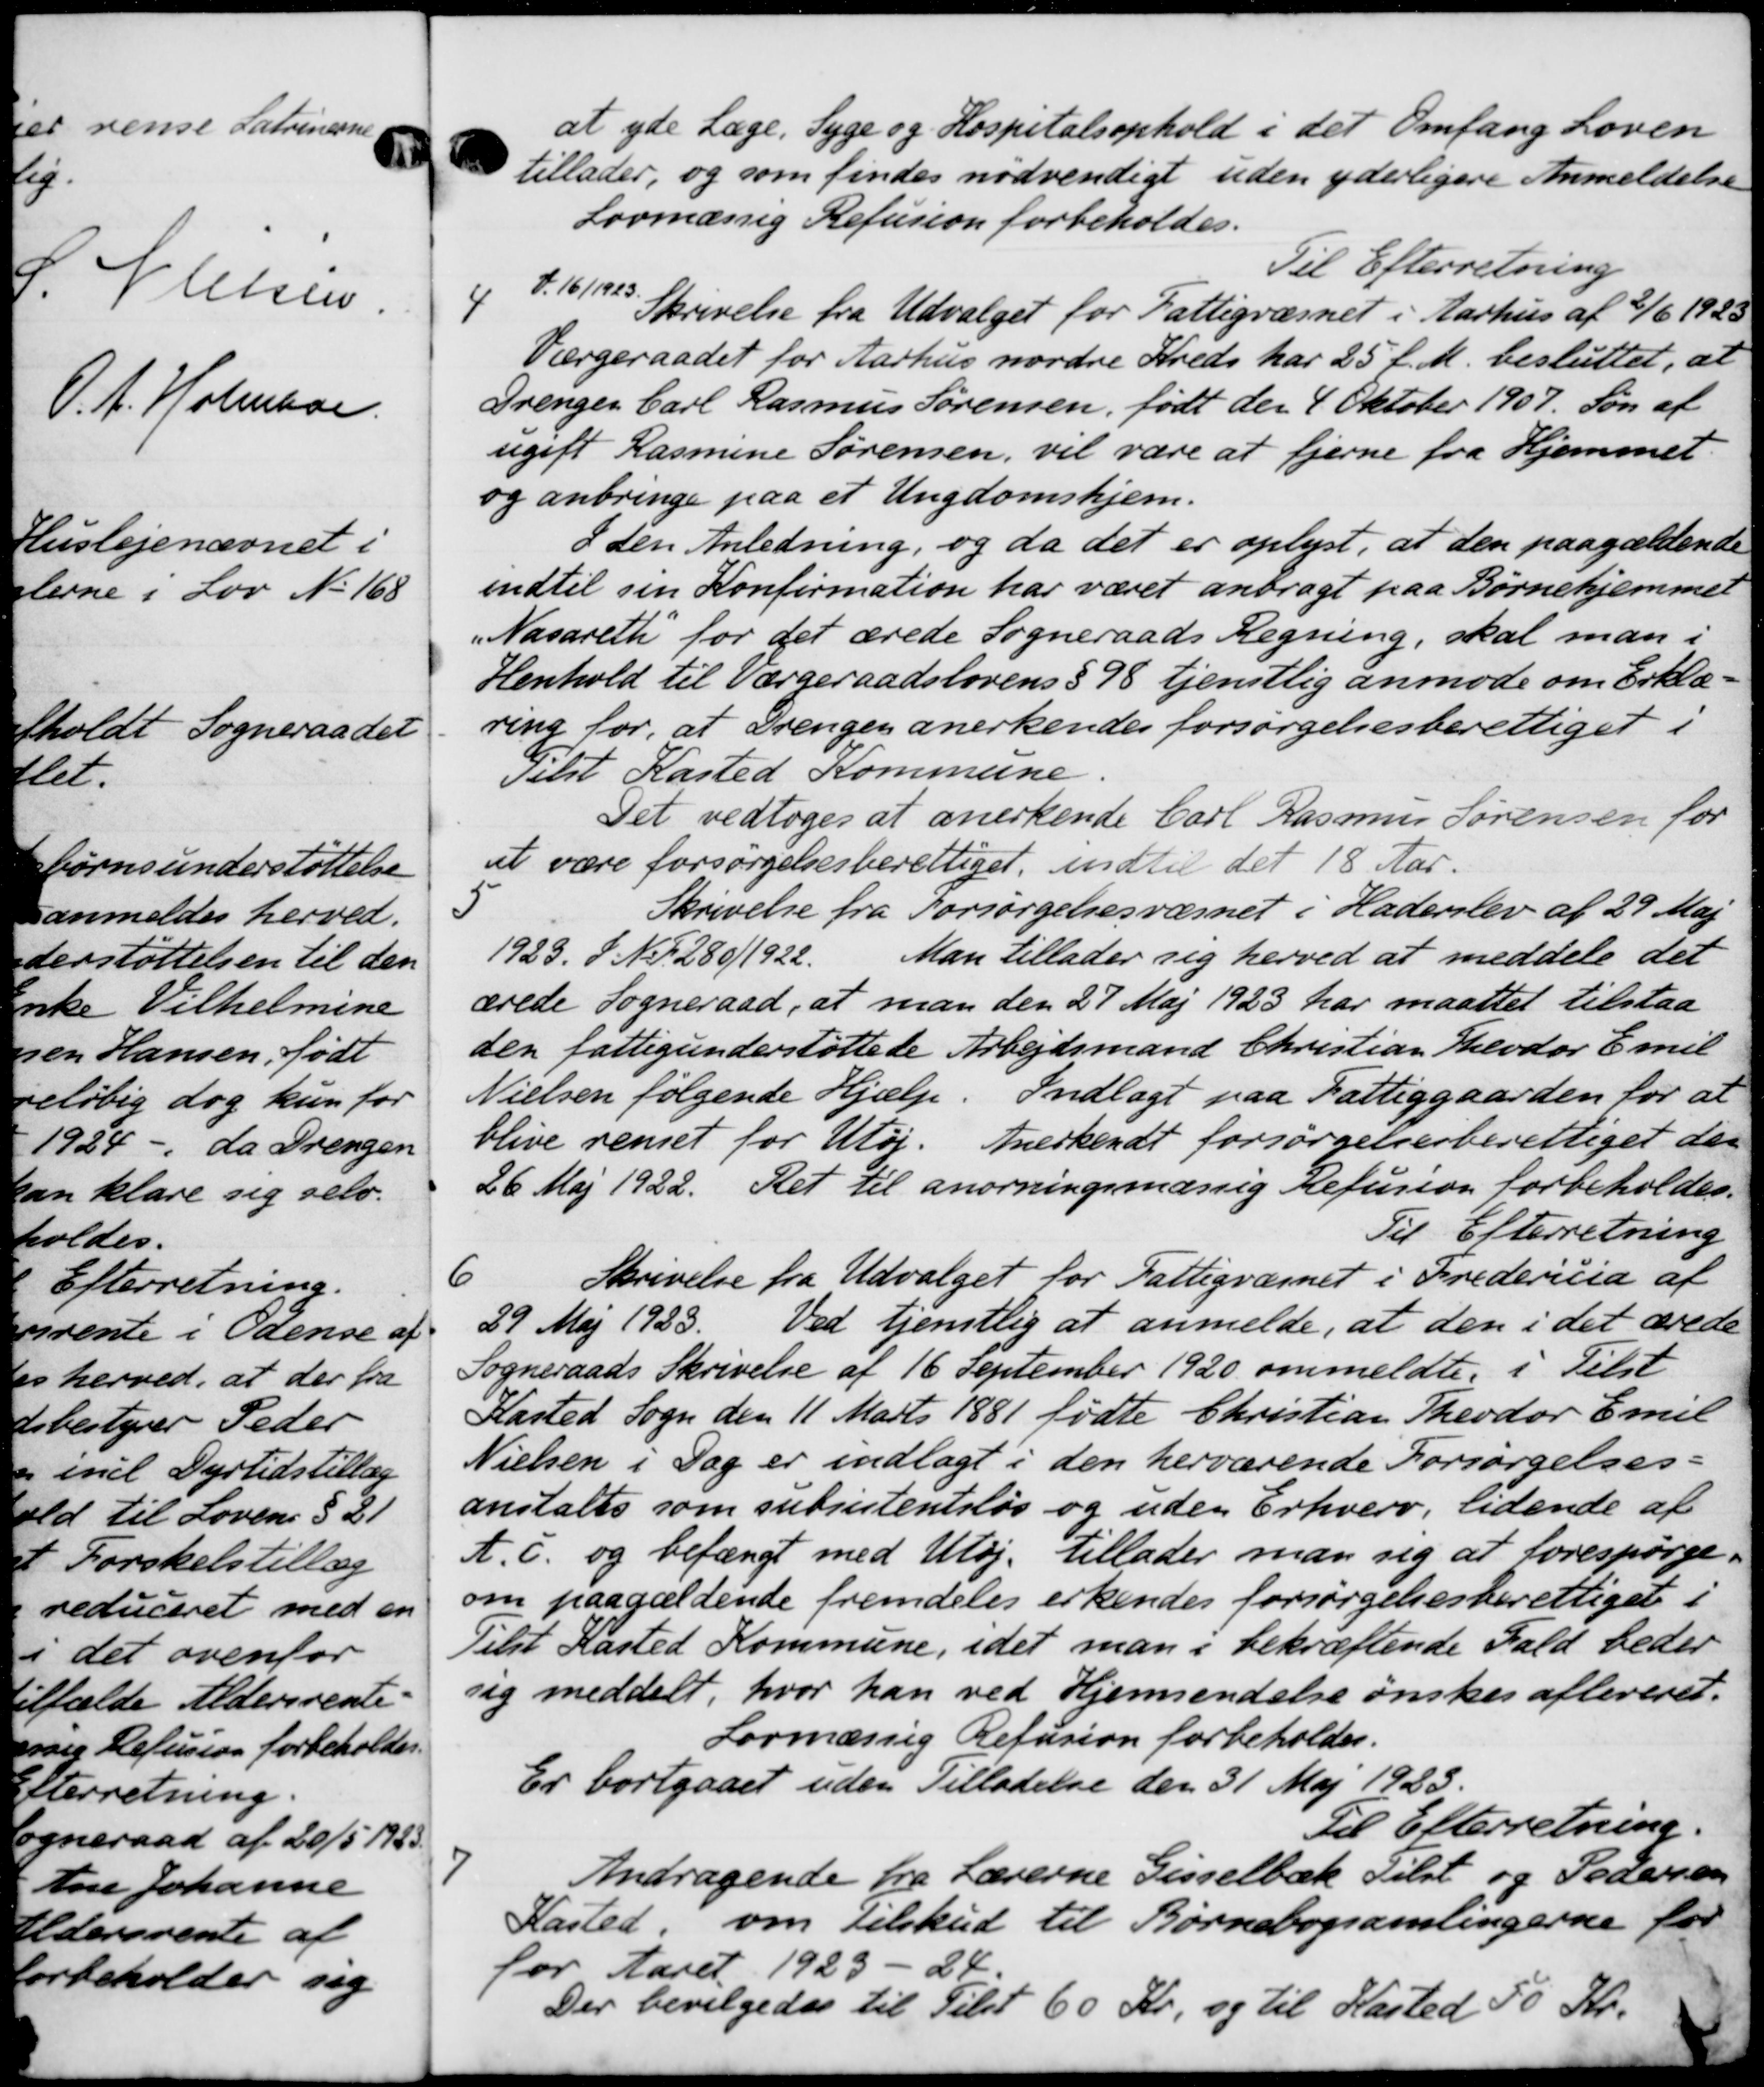
Transskription:
at yde Læge, Syge og Hospitalsophold i det Omfang Loven
tillader, og som findes nødvendigt uden yderligere Anmeldelse
Lovmæssig Refusion forbeholdes.
Til Efterretning
4
V. 16/1923.
Skrivelse fra Udvalget for Fattigvæsnet i Aarhus af 2/6 1923
Værgeraadet for Aarhus nordre Kreds har 25 f. M. besluttet, at
Trenger Carl Rasmus Sørensen, født den 4 Oktober 1907. Søn af
ugift Rasmine Sørensen, vil være at fjerne fra Hjemmet.
og anbringe paa et Ungdomshjem-
I den Anledning, og da det er oplyst, at den paagældende
indtil sin Konfirmation har været anbragt paa Børnehjemmet
Nasareth for det ærede Sogneraads Regning, skal man i
Henhold til Værgeraadslovens § 98 tjenstlig anmode om Erklæ-
ring for, at Drengen anerkendes forsørgelsesberettiget i
Telst Kasted Kommune
Det vedtoges at anerkende Carl Rasmus Sørensen for
at være forsørgelsesberettiget, indtil det 18 Aar.
5
Skrivelse fra Forsørgelsesvæsnet i Haderslev af 29 Maj
1923. F. Nr. 280/1922.
Man tillader sig herved at meddele det
ærede Sogneraad, at man den 27 Maj 1923 har maattet tilstaa
den fattigunderstøttede Arbejdsmand Christian Teodor Emil
Nielsen følgende Hjælp. Indlagt paa Fattiggaarden for at
blive renset for Utøj. Anerkendt forsørgelsesberettiget der
26 Maj 1922. Ret til anorningsmæssig Refusion forbeholdes.
Til Efterretning
6
Skrivelse fra Udvalget for Fattigvæsnet i Fredericia af
29 Maj 1923.
Ved tjenstlig at anmelde, at den i det ærede
Sogneraads Skrivelse af 16 September 1920 ommeldte, i Tilst
Kasted Sogn den 11 Marts 1881 fødte Christian Theodor Emil
Nielsen i Dag er indlagt i den herværende Forsørgelses-
anstaltes som subiutentsløs og uden Erhverv, tidende af
A.C. og befængt med Uløj. tillader man sig at forespørge
om paagældende fremdeles erkendes forsørgelsesberettiget i
Tilst Kasted Kommune, idet man i bekræftende Fald beder
sig meddelt, hvor han ved Hjemsendelse ønskes afleveret.
Lovmæssig Refusion forbeholdes.
Er bortgaaet uden Tilladelse den 31 Maj 1923.
Til Efterretning.

Andragende fra Lærerne Gisselbæk Tilst og Pedersen
Kasted, om Tilskud til Børnebogsamlingerne for
for Aaret 1923 - 24.
Der bevilgedes til Tilst 60 Kr, og til Kasted 50 Kr.